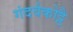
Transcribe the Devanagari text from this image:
गंदर्वकोट्टै